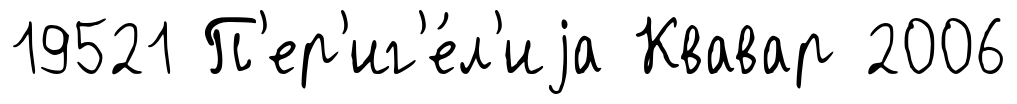
19521 П'ер'иг'е́л'иjа Квавар 2006